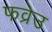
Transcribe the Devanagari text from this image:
फव्रेउ